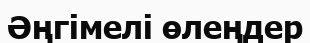
Әңгімелі өлеңдер